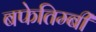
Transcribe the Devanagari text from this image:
बफेतिम्बी